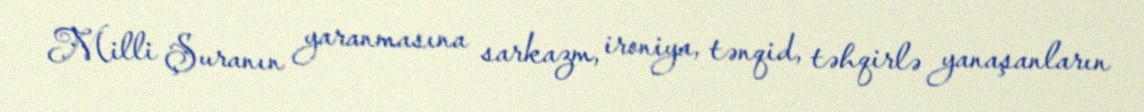
Milli Şuranın yaranmasına sarkazm, ironiya, tənqid, təhqirlə yanaşanların